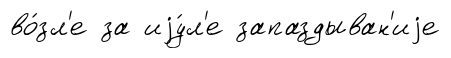
во́зл'е за иjу́л'е запаздыван'иjе